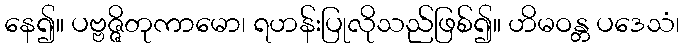
နေ၍။ ပဗ္ဗဇ္ဇိတုကာမော၊ ရဟန်းပြုလိုသည်ဖြစ်၍။ ဟိမဝန္တ ပဒေသံ၊